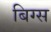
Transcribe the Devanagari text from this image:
बिग्स